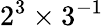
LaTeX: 2^{3}\times 3^{-1}